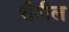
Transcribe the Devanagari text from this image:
रीवील